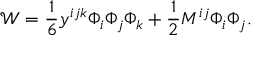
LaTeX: { \mathcal W } = \frac { 1 } { 6 } y ^ { i j k } \Phi _ { i } \Phi _ { j } \Phi _ { k } + \frac { 1 } { 2 } M ^ { i j } \Phi _ { i } \Phi _ { j } .